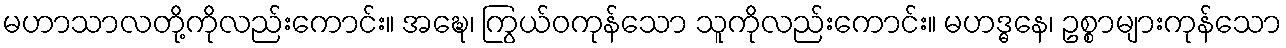
မဟာသာလတို့ကိုလည်းကောင်း။ အဍ္ဎေ၊ ကြွယ်ဝကုန်သော သူကိုလည်းကောင်း။ မဟဒ္ဓနေ၊ ဥစ္စာများကုန်သော